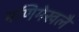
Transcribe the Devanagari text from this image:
मणिमेखलै